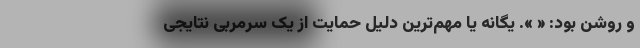
و روشن بود: « ». یگانه یا مهم‌ترین دلیل حمایت از یک سرمربی نتایجی